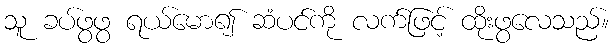
သူ ခပ်ဖွဖွ ရယ်မော၍ ဆံပင်ကို လက်ဖြင့် ထိုးဖွလေသည်။